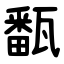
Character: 㽃